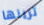
ترينها